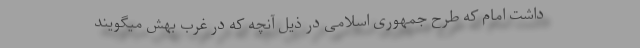
داشت امام که طرح جمهوری اسلامی در ذیل آنچه که در غرب بهش میگویند